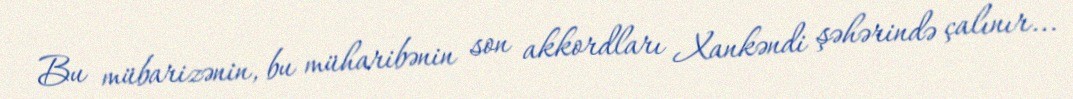
Bu mübarizənin, bu müharibənin son akkordları Xankəndi şəhərində çalınır...